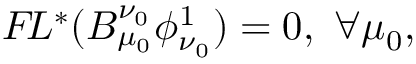
{ \cal F } \! L ^ { * } ( B _ { \mu _ { 0 } } ^ { \nu _ { 0 } } \phi _ { \nu _ { 0 } } ^ { 1 } ) = 0 , \ \forall \mu _ { 0 } ,